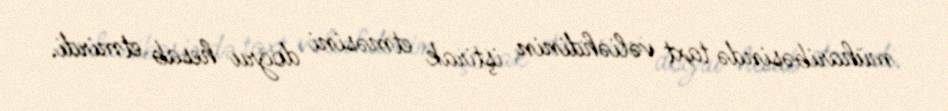
müharibəsində taxt vəliəhdinin iştirak etməsini doğru hesab etmirdi.